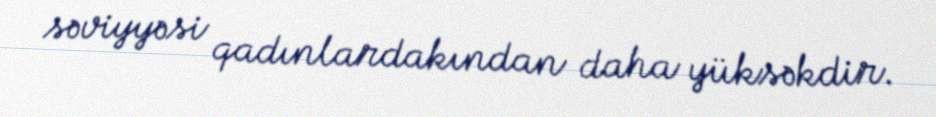
səviyyəsi qadınlardakından daha yüksəkdir.